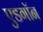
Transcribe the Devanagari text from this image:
एडगॉन